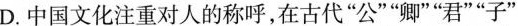
D.中国文化注重对人的称呼，在古代”公””卿””君””子”